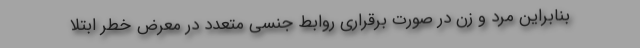
بنابراین مرد و زن در صورت برقراری روابط جنسی متعدد در معرض خطر ابتلا